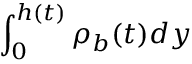
\int _ { 0 } ^ { h ( t ) } \rho _ { b } ( t ) d y